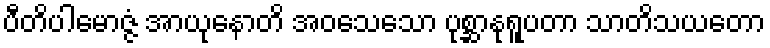
ပီတိပါမောဇ္ဇံ အာယုနောတိ အဝသေသော ပုစ္ဆာနုရူပတာ သာတိသယတော